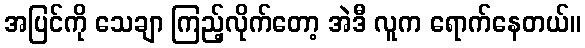
အပြင်ကို သေချာ ကြည့်လိုက်တော့ အဲဒီ လူက ရောက်နေတယ်။